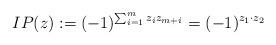
LaTeX: \begin{align*}IP(z) := (-1)^{\sum_{i = 1}^{m} z_iz_{m + i}} = (-1)^{z_1\cdot z_2}\end{align*}